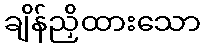
ချိန်ညှိထားသော